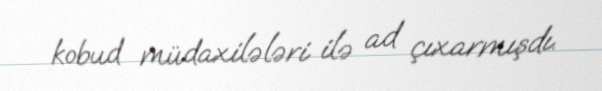
kobud müdaxilələri ilə ad çıxarmışdı.